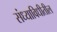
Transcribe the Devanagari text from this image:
संध्याविधीतील